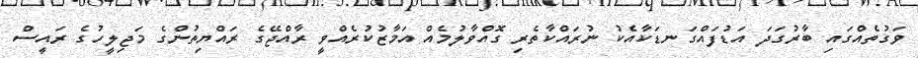
ވަގުތެއްގައި ބާރުގަދަ އަޑުފައްގަނޑަކާއެކު ނުރައްކާތެރި ގޮއްވާލުމެއް އަމާޒުކުރެއްވީ ރާއްޖޭގެ ރައްޔިތުންގެ މަޖިލީހުގެ ރައީސް